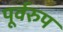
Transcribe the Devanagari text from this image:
पूर्वरुप